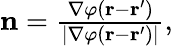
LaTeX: \begin{array}{r}{\mathbf{n}=\frac{\nabla\varphi(\mathbf{r}-\mathbf{r}^{\prime})}{|\nabla\varphi(\mathbf{r}-\mathbf{r}^{\prime})|},}\end{array}